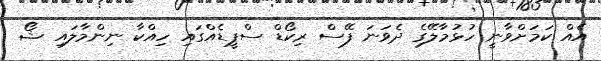
އެއް ކަމަށްވާނީ ހުޅުމާލޭގެ ދެވަނަ ފޭސް ރިކޯޑް ސްޕީޑެއްގައި ހިއްކާ ނިންމާލައި ޝޯ